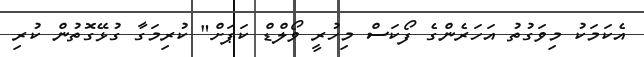
އެކަމަކު މިވަގުތު އަހަރެންގެ ފޯކަސް މިހުރީ ވޯލްޑް ކަޕަށް" ކުރިމަގާ ގުޅޭގޮތުން ކުރި